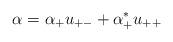
LaTeX: \begin{align*}\alpha = \alpha_+ u_{+-} + \alpha^*_+ u_{++}\end{align*}